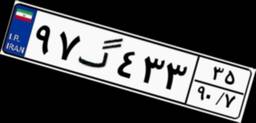
۶۱گ۰۱۲۶۹